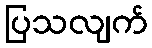
ပြသလျက်